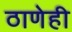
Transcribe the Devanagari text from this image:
ठाणेही